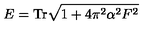
E = \mathrm { T r } \sqrt { 1 + 4 \pi ^ { 2 } \alpha ^ { 2 } F ^ { 2 } }